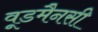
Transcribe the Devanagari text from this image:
वूडमैनसी